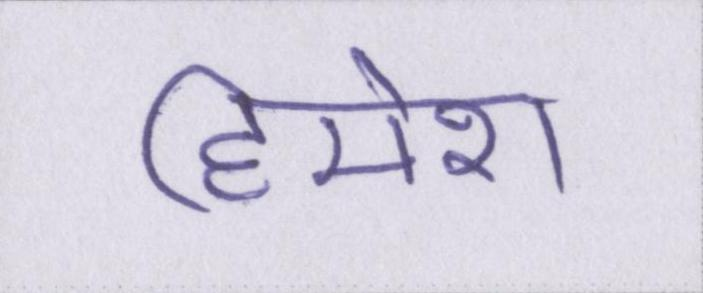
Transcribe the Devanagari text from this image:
हिमेश